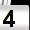
Digit: 4